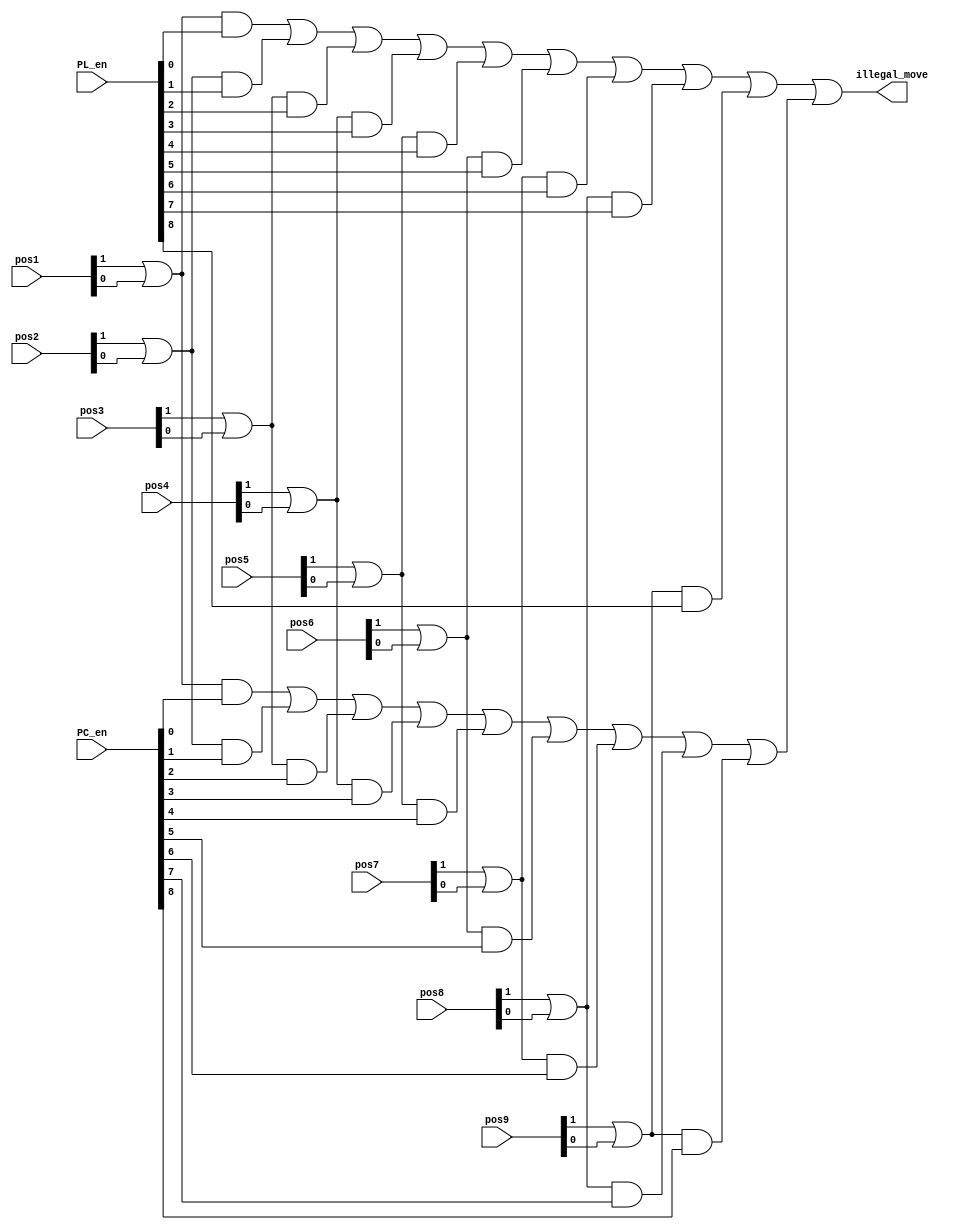
`timescale 1ns / 1ps
//////////////////////////////////////////////////////////////////////////////////
// Company: 
// Engineer: 
// 
// Design Name: 
// Module Name: illegal_move_detector
// Project Name: 
// Target Devices: 
// Tool Versions: 
// Description: 
// 
// Dependencies: 
// 
// Revision:
// Revision 0.01 - File Created
// Additional Comments:
// 
//////////////////////////////////////////////////////////////////////////////////


module illegal_move_detector(pos1,pos2,pos3,pos4,pos5,pos6,pos7,pos8,pos9,PC_en,PL_en,illegal_move);
input [1:0] pos1,pos2,pos3,pos4,pos5,pos6,pos7,pos8,pos9;
input [8:0] PC_en,PL_en;
output wire illegal_move;
wire temp1,temp2,temp3,temp4,temp5,temp6,temp7,temp8,temp9,temp11,temp12,temp13,temp14,temp15,temp16,temp17,temp18,temp19,temp21,temp22;
//player illegal move
assign temp1=(pos1[1]|pos1[0])&PL_en[0];
assign temp2=(pos2[1]|pos2[0])&PL_en[1];
assign temp3=(pos3[1]|pos3[0])&PL_en[2];
assign temp4=(pos4[1]|pos4[0])&PL_en[3];
assign temp5=(pos5[1]|pos5[0])&PL_en[4];
assign temp6=(pos6[1]|pos6[0])&PL_en[5];
assign temp7=(pos7[1]|pos7[0])&PL_en[6];
assign temp8=(pos8[1]|pos8[0])&PL_en[7];
assign temp9=(pos9[1]|pos9[0])&PL_en[8];
//computer illegal move
assign temp11=(pos1[1]|pos1[0])&PC_en[0];
assign temp12=(pos2[1]|pos2[0])&PC_en[1];
assign temp13=(pos3[1]|pos3[0])&PC_en[2];
assign temp14=(pos4[1]|pos4[0])&PC_en[3];
assign temp15=(pos5[1]|pos5[0])&PC_en[4];
assign temp16=(pos6[1]|pos6[0])&PC_en[5];
assign temp17=(pos7[1]|pos7[0])&PC_en[6];
assign temp18=(pos8[1]|pos8[0])&PC_en[7];
assign temp19=(pos9[1]|pos9[0])&PC_en[8];
assign temp21=((((((((temp1|temp2)|temp3)|temp4)|temp5)|temp6)|temp7)|temp8)|temp9);
assign temp22=((((((((temp11|temp12)|temp13)|temp14)|temp15)|temp16)|temp17)|temp18)|temp19);
assign illegal_move=temp21|temp22 ;
endmodule